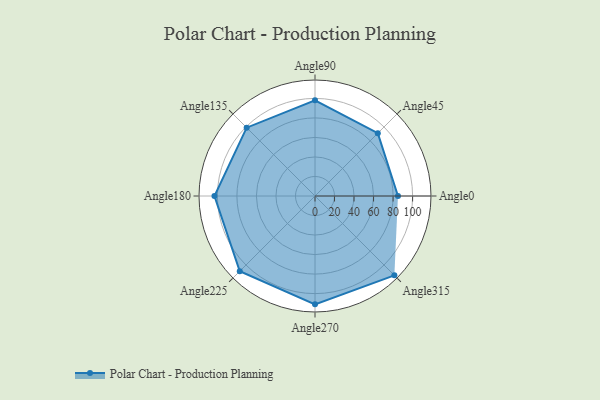
{"axis": {"x": "Angle", "y": "Radius"}, "legend": [""], "data": [{"x": "Angle0", "y": 85.0, "type": ""}, {"x": "Angle45", "y": 91.0, "type": ""}, {"x": "Angle90", "y": 98.0, "type": ""}, {"x": "Angle135", "y": 99.0, "type": ""}, {"x": "Angle180", "y": 103.0, "type": ""}, {"x": "Angle225", "y": 109.0, "type": ""}, {"x": "Angle270", "y": 111.0, "type": ""}, {"x": "Angle315", "y": 115.0, "type": ""}]}